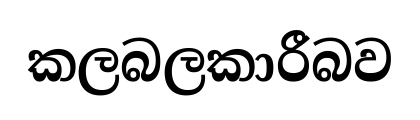
කලබලකාරීබව